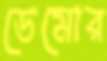
ডেমোর